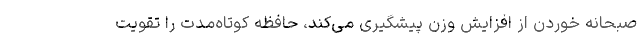
صبحانه خوردن از افزایش وزن پیشگیری می‌کند، حافظه کوتاه‌مدت را تقویت